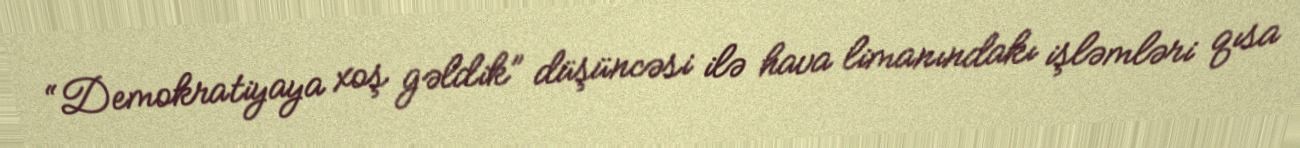
“Demokratiyaya xoş gəldik” düşüncəsi ilə hava limanındakı işləmləri qısa